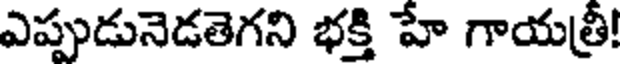
ఎప్పుడునెడతెగని భక్తి హే గాయత్రీ!